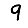
Digit: 9